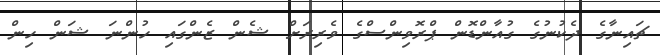
ޗައިނާގެ ދެކުނުގެ ގުއާންޑޮން ޕްރޮވިންސްގެ ވެރިރަށް ޝެން ޒެންގައި ހުންނަ ޝަން ހިން